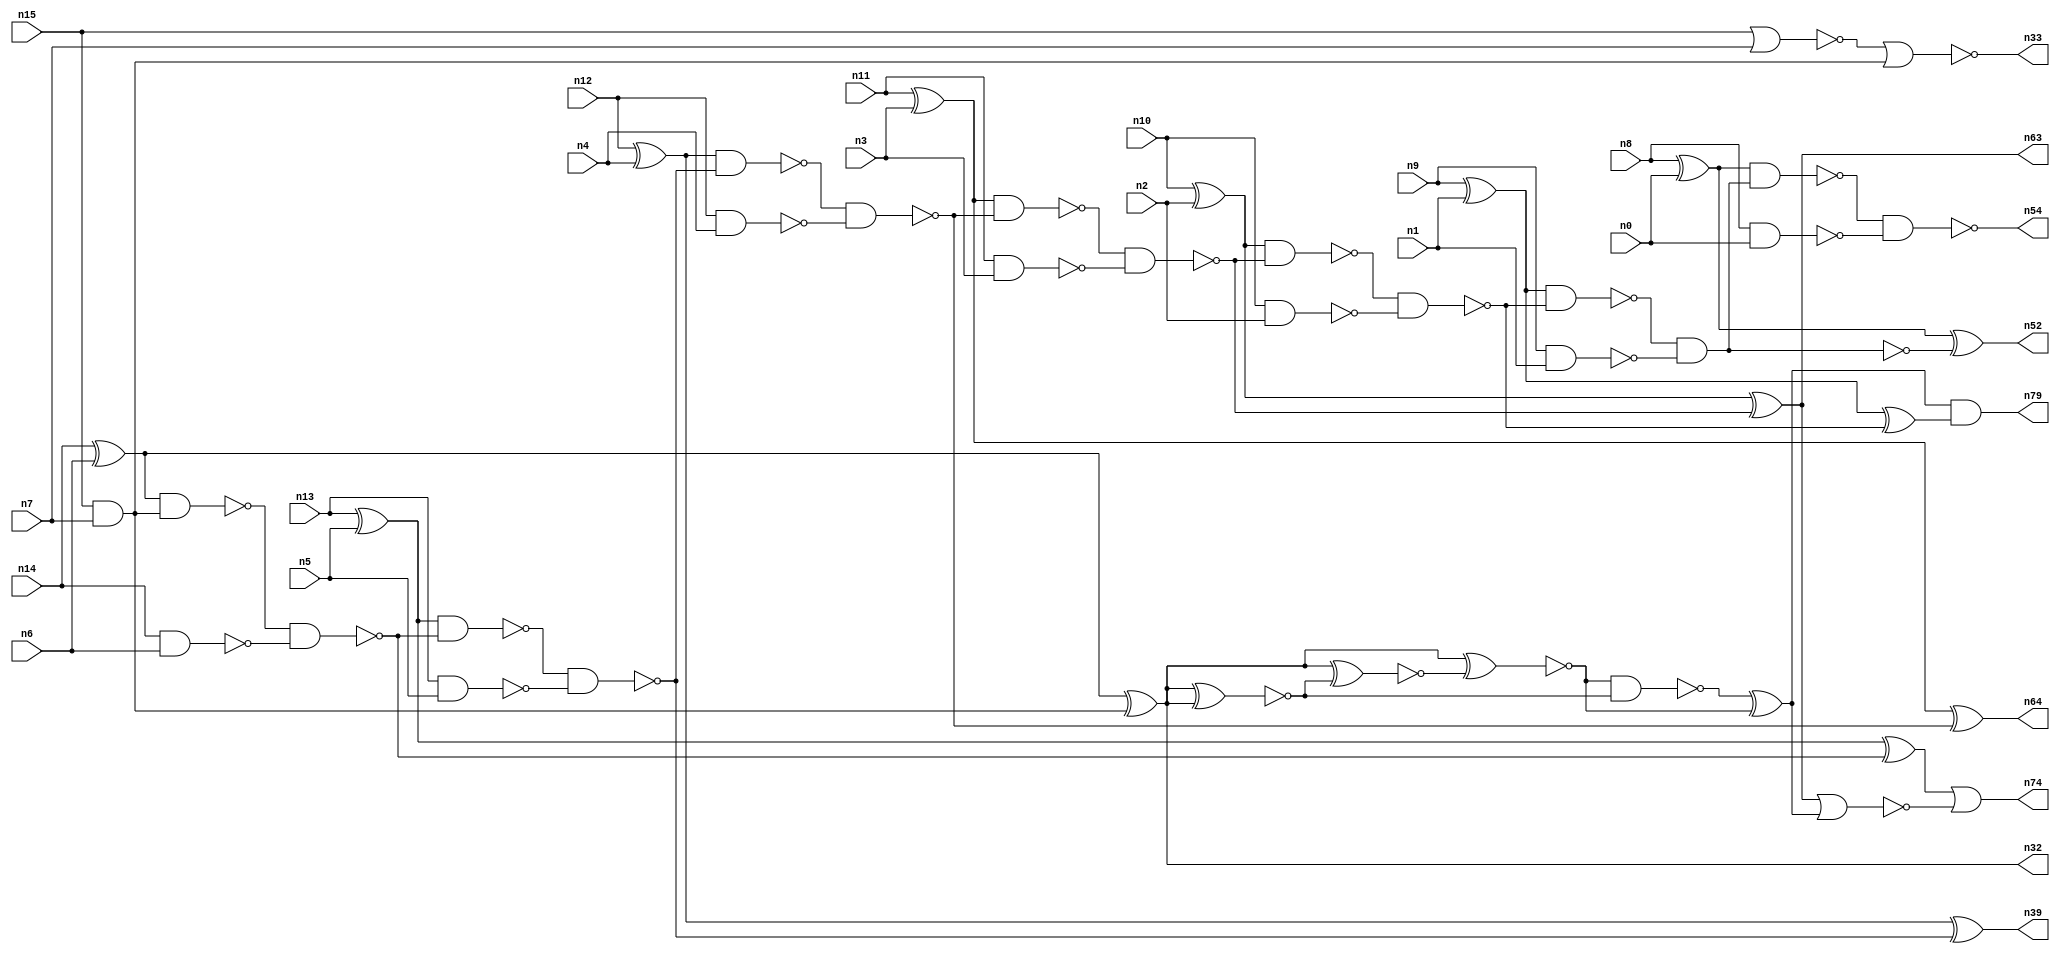
// This file contains a pareto-optimal circuit with respect to pdp and the fault-resilince parameter p_fault which is defined as:
// "For all input vectors, the ratio of the no. of faults observable at the POs to the no. of total possible faults in the circuit".
// This code is part of the ReCkt library (https://github.com/umar-afzaal/ReCkt) distributed under The MIT License.
// When used, please cite the following article(s):
// U. Afzaal, A.S. Hassan, M. Usman and J.A. Lee, "On the Evolutionary Synthesis of Increased Fault-resilience Arithmetic Circuits".

// p_fault = 86.1 %    (Lower is better)
// gates = 50.0
// levels = 15
// area = 69.29    (For MCNC library relative to nand2)
// power = 318.8 uW    (Berkely-SIS for MCNC library @ Vdd=5V and 20 MHz clock)
// delay = 16.8 ns    (Berkely-ABC for MCNC library)
// PDP = 5.35584e-12 J

// Pin mapping:
// {n0, n1, n2, n3, n4, n5, n6, n7} = A[7:0]
// {n8, n9, n10, n11, n12, n13, n14, n15} = B[7:0]
// {n54, n52, n79, n63, n64, n39, n74, n32, n33} = O[8:0]

module addr8s_pdp_39 (
n0, n1, n2, n3, n4, n5, n6, n7, n8, n9, n10, n11, n12, n13, n14, n15, 
n54, n52, n79, n63, n64, n39, n74, n32, n33
);

input n0, n1, n2, n3, n4, n5, n6, n7, n8, n9, n10, n11, n12, n13, n14, n15;
output n54, n52, n79, n63, n64, n39, n74, n32, n33;
wire n22, n42, n28, n21, n49, n30, n16, n27, n24, n45, n56, n20, n53, n18, n55, n51, n31, n25, n58, n41, 
n26, n37, n35, n29, n17, n38, n19, n34, n43, n62, n50, n46, n47, n59, n23, n40, n36, n48, n57, n73, 
n44;

xor (n16, n14, n6);
xor (n17, n8, n0);
xor (n18, n13, n5);
xor (n19, n10, n2);
nand (n20, n14, n6);
and (n21, n15, n7);
nand (n22, n13, n5);
nand (n23, n12, n4);
xor (n24, n12, n4);
nor (n25, n15, n7);
nand (n26, n9, n1);
nand (n27, n10, n2);
nand (n28, n8, n0);
xor (n29, n11, n3);
nand (n30, n11, n3);
xor (n31, n9, n1);
xor (n32, n16, n21);
nor (n33, n25, n21);
nand (n34, n16, n21);
nand (n35, n34, n20);
xor (n36, n18, n35);
nand (n37, n18, n35);
nand (n38, n37, n22);
xor (n39, n24, n38);
nand (n40, n24, n38);
nand (n41, n40, n23);
xor (n42, n29, n41);
nand (n43, n29, n41);
nand (n44, n43, n30);
nand (n45, n19, n44);
xor (n46, n19, n44);
nand (n47, n45, n27);
xor (n48, n31, n47);
nand (n49, n31, n47);
and (n50, n49, n26);
nand (n51, n49, n26);
xor (n52, n17, n51);
nand (n53, n17, n50);
nand (n54, n53, n28);
and (n55, n32, n32);
xnor (n56, n32, n32);
xnor (n57, n55, n56);
xnor (n58, n55, n57);
nand (n59, n58, n56);
xor (n62, n59, n58);
and (n63, n46, n46);
and (n64, n42, n42);
nor (n73, n46, n62);
or (n74, n36, n73);
and (n79, n62, n48);

endmodule